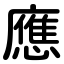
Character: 應